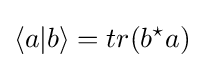
\langle a\vert b\rangle =tr(b^{\star }a)